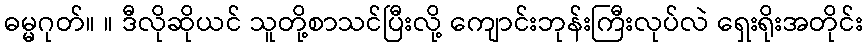
ဓမ္မဂုတ်။ ။ ဒီလိုဆိုယင် သူတို့စာသင်ပြီးလို့ ကျောင်းဘုန်းကြီးလုပ်လဲ ရှေးရိုးအတိုင်း